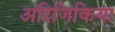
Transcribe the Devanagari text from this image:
अरिजिकिया